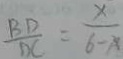
\frac { B D } { D C } = \frac { x } { 6 - x }